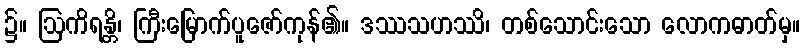
၌။ ဩကိရန္တိ၊ ကြီးမြောက်ပူဇော်ကုန်၏။ ဒဿသဟဿိ၊ တစ်သောင်းသော လောကဓာတ်မှ။